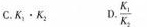
C.$$K _ { 2 } \cdot K$$ D.\frac {K_{1}}{K_{2}}